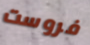
فروست